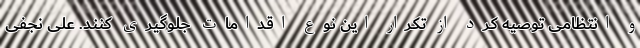
و انتظامی توصیه کرد از تکرار این نوع اقدامات جلوگیری کنند. علی نجفی